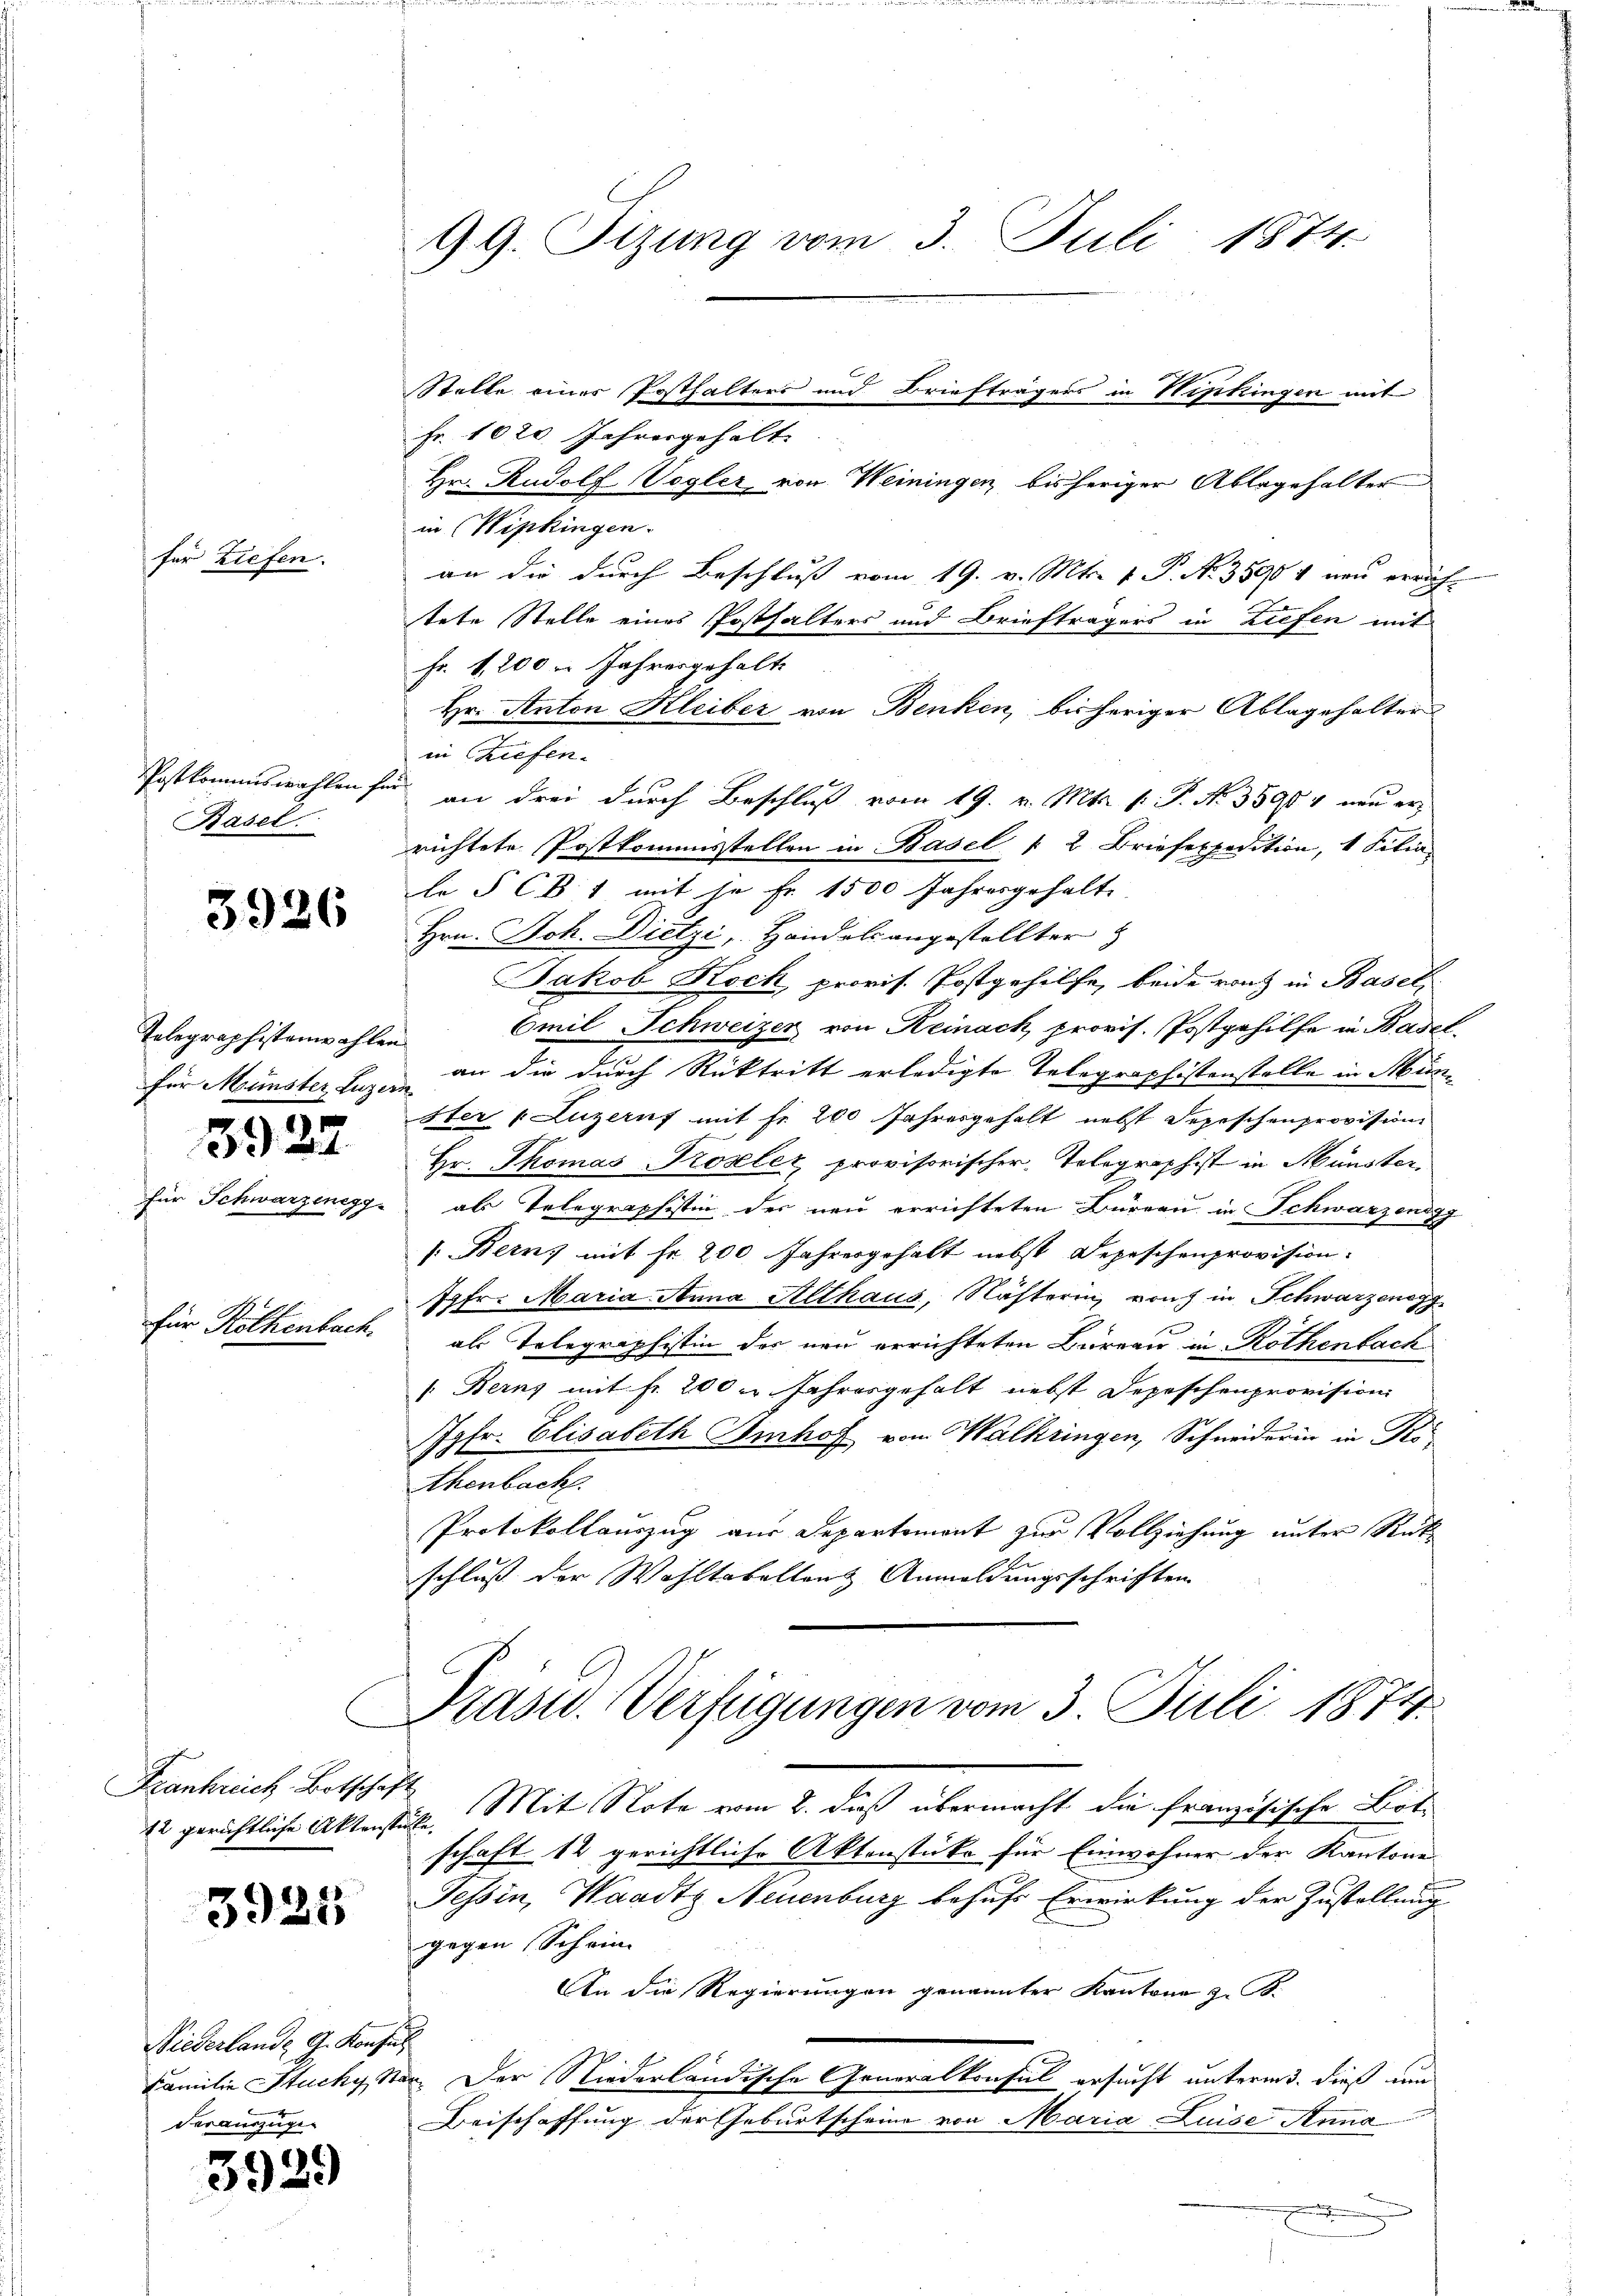
für Ziefen.

Postkommiswahlen für
Basel.

3926

Telegraphistenwahler
für Münster Luzer

3927.

für Schwarzenegg

für Röckenbach.

Frankreich, Botschaft
42 gerichtliche Aktenste

3925

Niederlande G. Konfes
Familie Stucky, Sta
der auszuge-

3929

99. Sizung vom 3. Juli 1874.

Fr. 1020 Jahresgehält.
in Wipkingen.
an die durch Beschluß vom 19. v. Mts. v. P. Nr. 35901 neu erricht
tete Stelle eines Posthalters und Briefträgers in Ziefen mit
Fr. 1, 200 u Jahresgehalt
Hr. Anton Kleiber von Benken, bisheriger Ablagehalter
in Tiefen.
an drei durch Beschluß vom 19. v. Mts. f. P. Nr. 35904 neu errichtete Postkommisstellen in Basel " 2 Briefexpedition, 1 Filialo § CB 1 mit je Fr. 1500 Jahresgehalt
Hrn. Joh. Dietzi, Handels angestellter
Jakob Koch, provis. Postgehilfe, beide rang in Basel
Emil Schweizer von Reinack provis. Postgehilfe in Basel.
an die durch Rücktritt erledigte Telegraphistenstelle in Münster v. Luzernf mit fr. 200 Jahresgehalt nebst Depeschenprovision
Hr. Thomas Proseler, provisorischer Telegraphist in Münster,
als Telegraphistin der neu errichteten Büreau in Schwarzensg
: Bern, mit Fr. 200 Jahresgehalt nebst Depeschenprovision.
Jgfr. Maria Anna Althaus, Nächterin, von in Schwarzenegg
u
als Telegraphistin des neu errichteten Büreau in Rothenbach
: Berns mit fr. 200 u Jahresgehalt nebst Depeschenprovision
Jgfr. Elisabeth Imhof von Walkringen, Schneiderin in Rothenbach
Protokollauszug aus Departemont zur Vollziehung unter Rük
schluß der Wohltobellenz Anmeldungsschriften
Präsid. Verfügungen vom 3. Juli 1874.
: Mit Note vom 2. daß übermacht die französische Bott
schaft 12 gerichtliche Aktenstüke für Einwohner der Kantone
Tessin, Waadt Neuenburg behufs Erwirkung der Zustellung
gegen Schein
An die Regierungen genannter Kantone z. B.
u. Der Niederländische Generalkonsul ersucht unterm 3. dieß um
Beischaffung der Geburtscheine von Maria Luise Anna
E

Stelle einer Posthalters und Briefträgers in Wipkingen mit

Hr. Rudolf Vogler von Weiningen bisheriger Ablagehalter